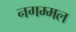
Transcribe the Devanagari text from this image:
नगम्मल